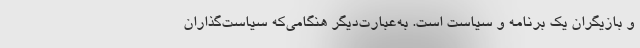
و بازیگران یک برنامه و سیاست است. به‌عبارت‌دیگر هنگامی‌که سیاست‌گذاران